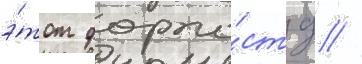
э́тот форпо́ст д //